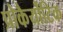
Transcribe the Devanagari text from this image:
प्रोकैर्योटिक